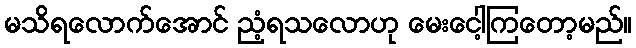
မသိရလောက်အောင် ညံ့ရသလောဟု မေးငေါ့ကြတော့မည်။